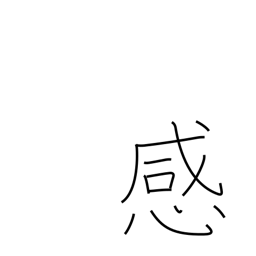
Meaning: feeling